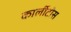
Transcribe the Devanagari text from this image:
कार्लीटोस